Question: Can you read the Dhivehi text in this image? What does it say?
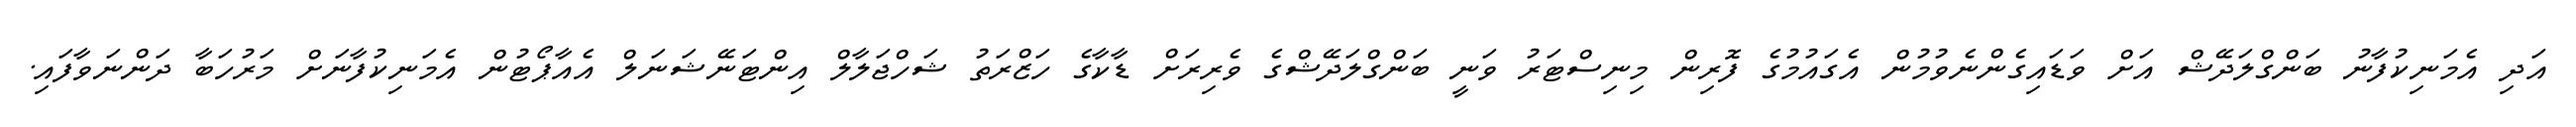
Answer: އަދި އެމަނިކުފާނު ބަންގްލަދޭޝް އަށް ވަޑައިގެންނެވުމުން އެގައުމުގެ ފޮރިން މިނިސްޓަރު ވަނީ ބަންގްލަދޭޝްގެ ވެރިރަށް ޑާކާގެ ހަޒްރަތު ޝަހްޖަލާލް އިންޓަނޭޝަނަލް އެއާޕޯޓުން އެމަނިކުފާނަށް މަރުހަބާ ދަންނަވާފައި.